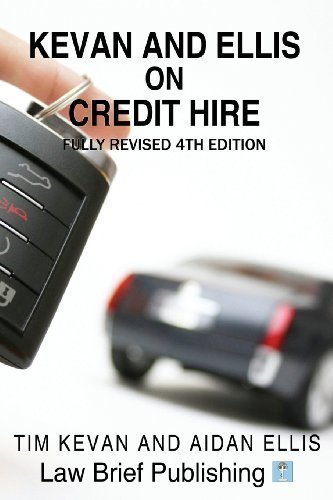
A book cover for Kevan and Ellis on Credit Hire 4th (fourth) Edition by Kevan, Tim, Ellis, Aidan published by Law Brief Publishing (2013); Engineering & Transportation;